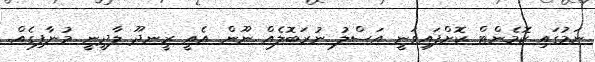
ނަމުގައި ކޮމެންޓް ކޮށްފައިވަނީ އަސްލު ނުރަބޮލެއް ނޫން. އެއީ ރީނދޫ ލާދީނީ މުނާފިގެއް.